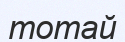
тотай